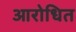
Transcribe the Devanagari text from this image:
आरोधित